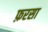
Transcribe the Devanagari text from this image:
फ़रसा